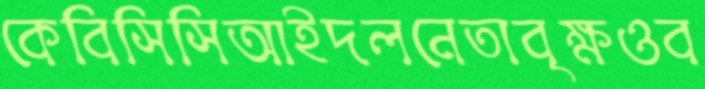
কেবিসিসিআইদলনেতাবৃক্ষওব